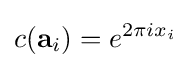
c(\mathbf {a} _{i})=e^{2\pi ix_{i}}